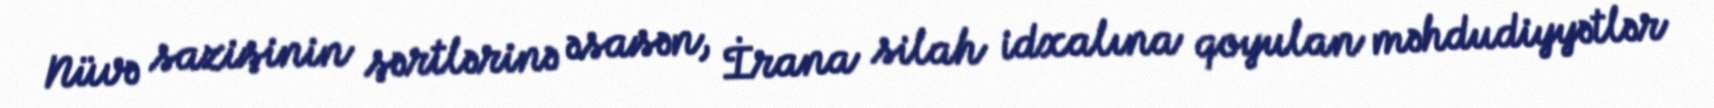
Nüvə sazişinin şərtlərinə əsasən, İrana silah idxalına qoyulan məhdudiyyətlər